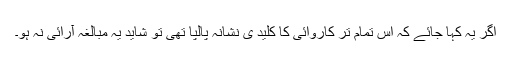
اگر یہ کہا جائے کہ اس تمام تر کاروائی کا کلید ی نشانہ پالپا تھی تو شاید یہ مبالغہ آرائی نہ ہو۔